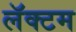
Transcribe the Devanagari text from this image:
लॅक्टम